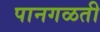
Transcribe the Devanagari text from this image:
पानगळती